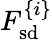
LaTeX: F_{\mathrm{sd}}^{\{ i\} }